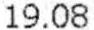
19.08